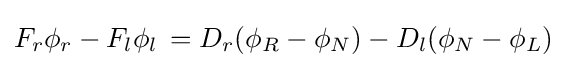
F_{r}\phi _{r}-F_{l}\phi _{l}\,=D_{r}(\phi _{R}-\phi _{N})-D_{l}(\phi _{N}-\phi _{L})